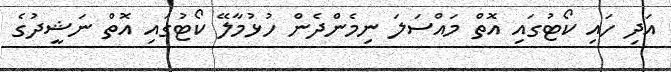
އަދި ހައި ކޯޓުގައި އޮތް މައްސަލަ ނިމެންދެން ހުޅުމާލޭ ކޯޓުގައި އޮތް ނަޝީދުގެ